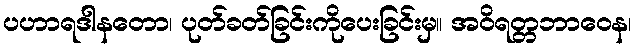
ပဟာရဒါနတော၊ ပုတ်ခတ်ခြင်းကိုပေးခြင်းမှ။ အဝိရတ္တဘာဝေန၊